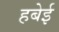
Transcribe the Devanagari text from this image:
हबेई